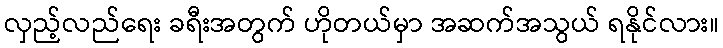
လှည့်လည်ရေး ခရီးအတွက် ဟိုတယ်မှာ အဆက်အသွယ် ရနိုင်လား။